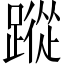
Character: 蹤